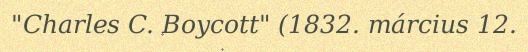
"Charles C. Boycott" (1832. március 12.